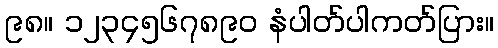
၉၈။ ၁၂၃၄၅၆၇၈၉၀ နံပါတ်ပါကတ်ပြား။